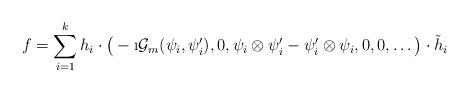
LaTeX: \begin{align*}f = \sum_{i=1}^{k} h_i \cdot \big( -\i \mathcal{G}_m(\psi_i, \psi'_i) , 0 , \psi_i \otimes \psi'_i - \psi'_i \otimes \psi_i , 0 , 0 ,\dots \big) \cdot \tilde{h}_i \end{align*}